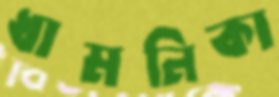
ধামনিকা